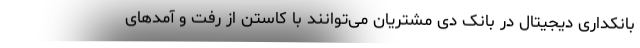
بانکداری دیجیتال در بانک دی مشتریان می‌توانند با کاستن از رفت و آمدهای